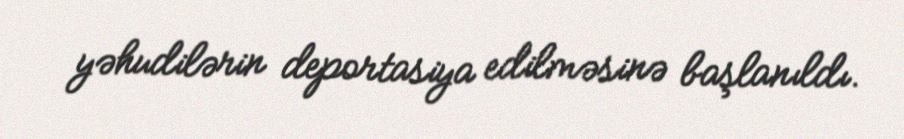
yəhudilərin deportasiya edilməsinə başlanıldı.